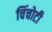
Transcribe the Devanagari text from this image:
चिंचोटी